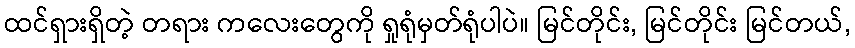
ထင်ရှားရှိတဲ့ တရား ကလေးတွေကို ရှုရုံမှတ်ရုံပါပဲ။ မြင်တိုင်း, မြင်တိုင်း မြင်တယ်,